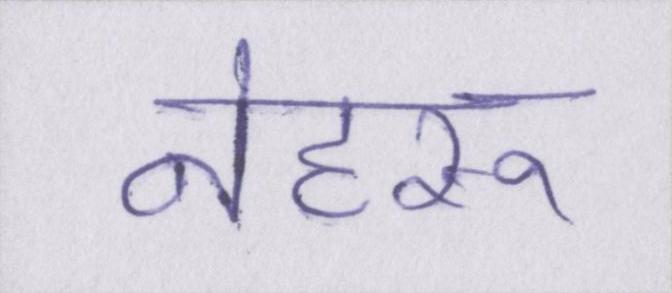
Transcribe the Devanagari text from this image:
नेहरू